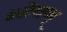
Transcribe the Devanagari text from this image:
शोषण्